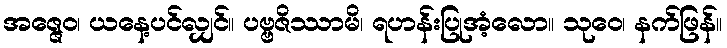
အဇ္ဇေဝ၊ ယနေ့ပင်လျှင်။ ပဗ္ဗဇိဿာမိ၊ ရဟန်းပြုအံ့လော။ သုဝေ၊ နက်ဖြန်။